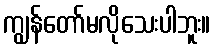
ကျွန်တော်မလိုသေးပါဘူး။